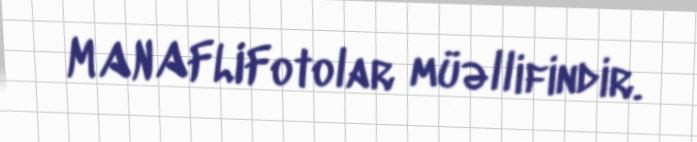
MANAFLIFotolar müəllifindir.